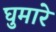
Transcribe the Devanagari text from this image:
घुमारे